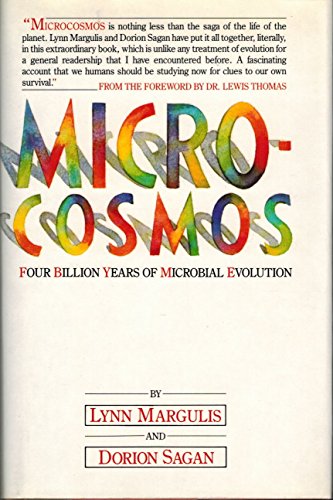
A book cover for Microcosmos: Four billion years of evolution from our microbial ancestors; Lynn Margulis; Science & Math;